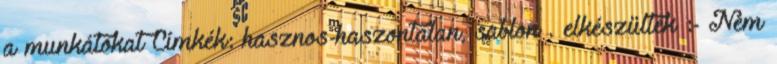
a munkátokat Címkék: hasznos-haszontalan, sablon . elkészültek :- Nem